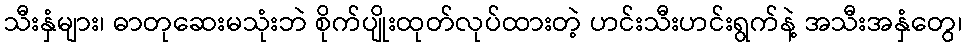
သီးနှံများ၊ ဓာတုဆေးမသုံးဘဲ စိုက်ပျိုးထုတ်လုပ်ထားတဲ့ ဟင်းသီးဟင်းရွက်နဲ့ အသီးအနှံတွေ၊